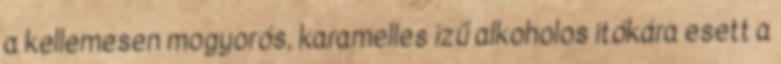
a kellemesen mogyorós, karamelles ízű alkoholos itókára esett a